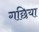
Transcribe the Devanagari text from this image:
गछिया